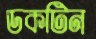
ডকটিন